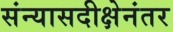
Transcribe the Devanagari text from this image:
संन्यासदीक्षेनंतर